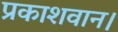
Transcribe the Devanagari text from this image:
प्रकाशवान।